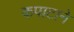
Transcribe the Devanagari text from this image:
कपाटाने